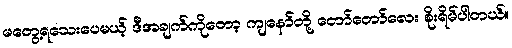
မတွေ့ရသေးပေမယ့် ဒီအချက်ကိုတော့ ကျနော်တို့ တော်တော်လေး စိုးရိမ်ပါတယ်။